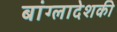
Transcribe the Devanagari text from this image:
बांग्लादेशकी